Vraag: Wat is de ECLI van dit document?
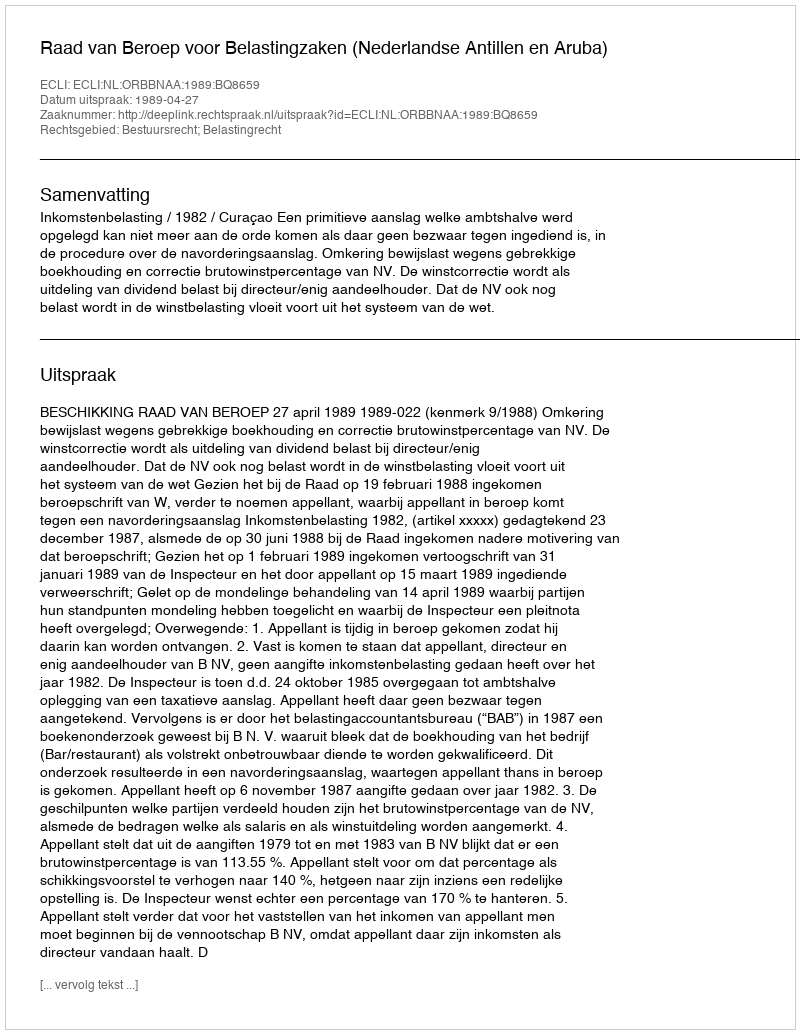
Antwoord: ECLI:NL:ORBBNAA:1989:BQ8659